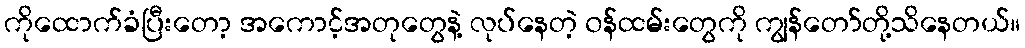
ကိုထောက်ခံပြီးတော့ အကောင့်အတုတွေနဲ့ လုပ်နေတဲ့ ၀န်ထမ်းတွေကို ကျွန်တော်တို့သိနေတယ်။